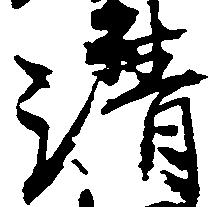
清